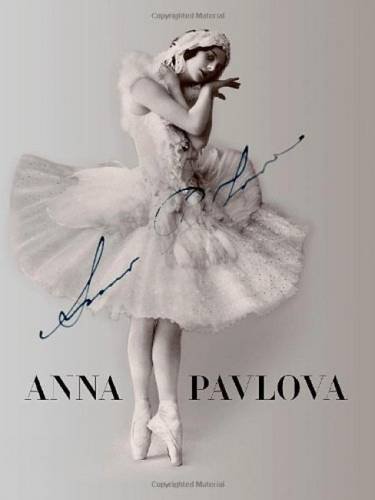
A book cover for Anna Pavlova: Twentieth Century Ballerina; Jane Pritchard; Biographies & Memoirs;